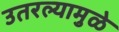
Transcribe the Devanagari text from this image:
उतरल्यामुळे